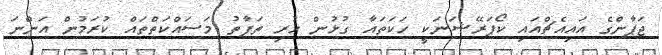
ޖަޕާންގެ އައިއެޗްއައި ކޯޕަރޭޝަނަކީ ހަކަތައާ ގުޅުން ހުރި ތަފާތު މަސައްކަތްތައް ކުރަމުން އަންނަ